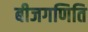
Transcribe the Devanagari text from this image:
बीजगणिति